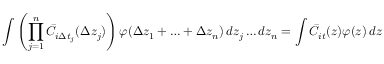
\int \left( \prod _ { j = 1 } ^ { n } \bar { C } _ { i \Delta t _ { j } } ( \Delta z _ { j } ) \right) \varphi ( \Delta z _ { 1 } + \ldots + \Delta z _ { n } ) \mathop { } \! { d { z _ { j } } \ldots d { z _ { n } } } = \int \bar { C } _ { i t } ( z ) \varphi ( z ) \mathop { } \! { d { z } }